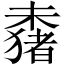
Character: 𬄞